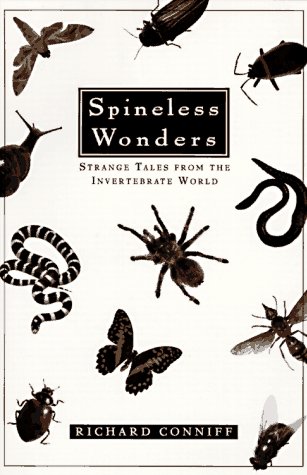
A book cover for Spineless Wonders: Strange Tales from the Invertebrate World; Richard Conniff; Sports & Outdoors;